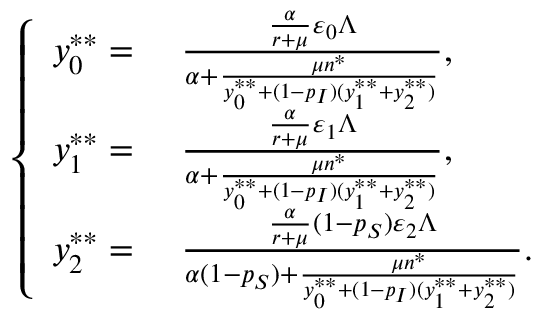
\left\{ \begin{array} { r l } { y _ { 0 } ^ { * * } = } & { ~ \frac { \frac { \alpha } { r + \mu } \varepsilon _ { 0 } \Lambda } { \alpha + \frac { \mu n ^ { * } } { y _ { 0 } ^ { * * } + ( 1 - p _ { I } ) ( y _ { 1 } ^ { * * } + y _ { 2 } ^ { * * } ) } } , } \\ { y _ { 1 } ^ { * * } = } & { ~ \frac { \frac { \alpha } { r + \mu } \varepsilon _ { 1 } \Lambda } { \alpha + \frac { \mu n ^ { * } } { y _ { 0 } ^ { * * } + ( 1 - p _ { I } ) ( y _ { 1 } ^ { * * } + y _ { 2 } ^ { * * } ) } } , } \\ { y _ { 2 } ^ { * * } = } & { ~ \frac { \frac { \alpha } { r + \mu } ( 1 - p _ { S } ) \varepsilon _ { 2 } \Lambda } { \alpha ( 1 - p _ { S } ) + \frac { \mu n ^ { * } } { y _ { 0 } ^ { * * } + ( 1 - p _ { I } ) ( y _ { 1 } ^ { * * } + y _ { 2 } ^ { * * } ) } } . } \end{array} \right.